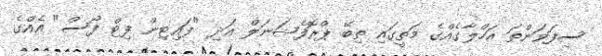
ސިފަވަންތަ އަހްލާގެއްގެ މަތީގައި ތިބޭ ޕްރޮފެޝަނަލް އަދި "ފައިޓިން ފިޓް ފޯސް" އެއްގެ